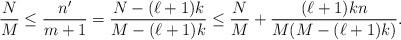
LaTeX: \begin{align*}\frac{N}{M}\leq \frac{n'}{m+1} = \frac{N-(\ell+1)k}{M- (\ell+1)k} \le \frac{N}{M} + \frac{(\ell+1)k n}{M(M-(\ell+1)k)}.\end{align*}